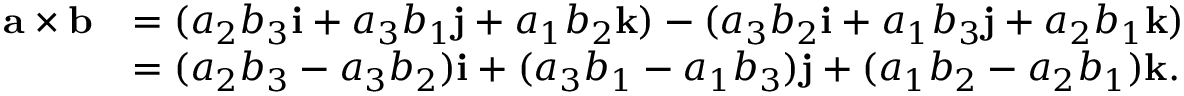
{ \begin{array} { r l } { \mathbf { a \times b } } & { = ( a _ { 2 } b _ { 3 } \mathbf { i } + a _ { 3 } b _ { 1 } \mathbf { j } + a _ { 1 } b _ { 2 } \mathbf { k } ) - ( a _ { 3 } b _ { 2 } \mathbf { i } + a _ { 1 } b _ { 3 } \mathbf { j } + a _ { 2 } b _ { 1 } \mathbf { k } ) } \\ & { = ( a _ { 2 } b _ { 3 } - a _ { 3 } b _ { 2 } ) \mathbf { i } + ( a _ { 3 } b _ { 1 } - a _ { 1 } b _ { 3 } ) \mathbf { j } + ( a _ { 1 } b _ { 2 } - a _ { 2 } b _ { 1 } ) \mathbf { k } . } \end{array} }